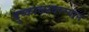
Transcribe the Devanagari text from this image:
दुष्काळादरम्यान